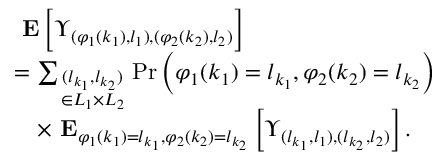
\begin{array} { r l } & { \mathrm { \bf ~ E } \left[ \Upsilon _ { ( \varphi _ { 1 } ( k _ { 1 } ) , l _ { 1 } ) , ( \varphi _ { 2 } ( k _ { 2 } ) , l _ { 2 } ) } \right] } \\ & { = \sum _ { \scriptstyle ( l _ { k _ { 1 } } , l _ { k _ { 2 } } ) \atop { \scriptstyle \in { \cal L } _ { 1 } \times { \cal L } _ { 2 } } } \mathrm { P r } \left( \varphi _ { 1 } ( k _ { 1 } ) = l _ { k _ { 1 } } , \varphi _ { 2 } ( k _ { 2 } ) = l _ { k _ { 2 } } \right) } \\ & { \quad \times \mathrm { \bf ~ E } _ { \varphi _ { 1 } ( k _ { 1 } ) = l _ { k _ { 1 } } , \varphi _ { 2 } ( k _ { 2 } ) = l _ { k _ { 2 } } } \left[ \Upsilon _ { ( l _ { k _ { 1 } } , l _ { 1 } ) , ( l _ { k _ { 2 } } , l _ { 2 } ) } \right] . } \end{array}